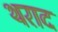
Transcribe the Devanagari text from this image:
थराद